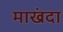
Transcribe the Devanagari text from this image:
माखंदा